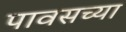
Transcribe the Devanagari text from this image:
पावसच्या